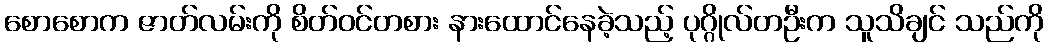
စောစောက ဇာတ်လမ်းကို စိတ်ဝင်တစား နားထောင်နေခဲ့သည့် ပုဂ္ဂိုလ်တဦးက သူသိချင် သည်ကို